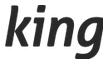
king